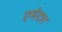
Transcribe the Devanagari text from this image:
एमेटल